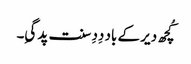
کُچھ دیر کے باد دِدِ سنت پد گیِ۔